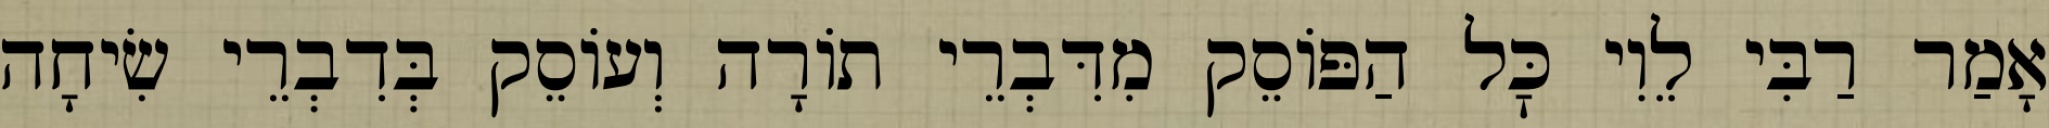
אָמַר רַבִּי לֵוִי כׇּל הַפּוֹסֵק מִדִּבְרֵי תוֹרָה וְעוֹסֵק בְּדִבְרֵי שִׂיחָה